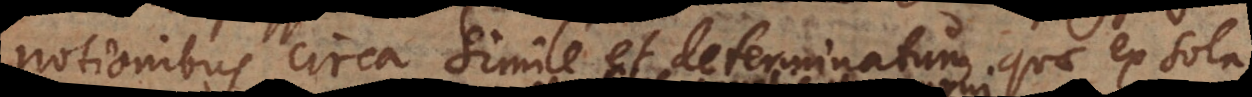
notionibus circa simile et determinatum, quae ex sol